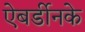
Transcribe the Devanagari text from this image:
ऐबर्डीनके